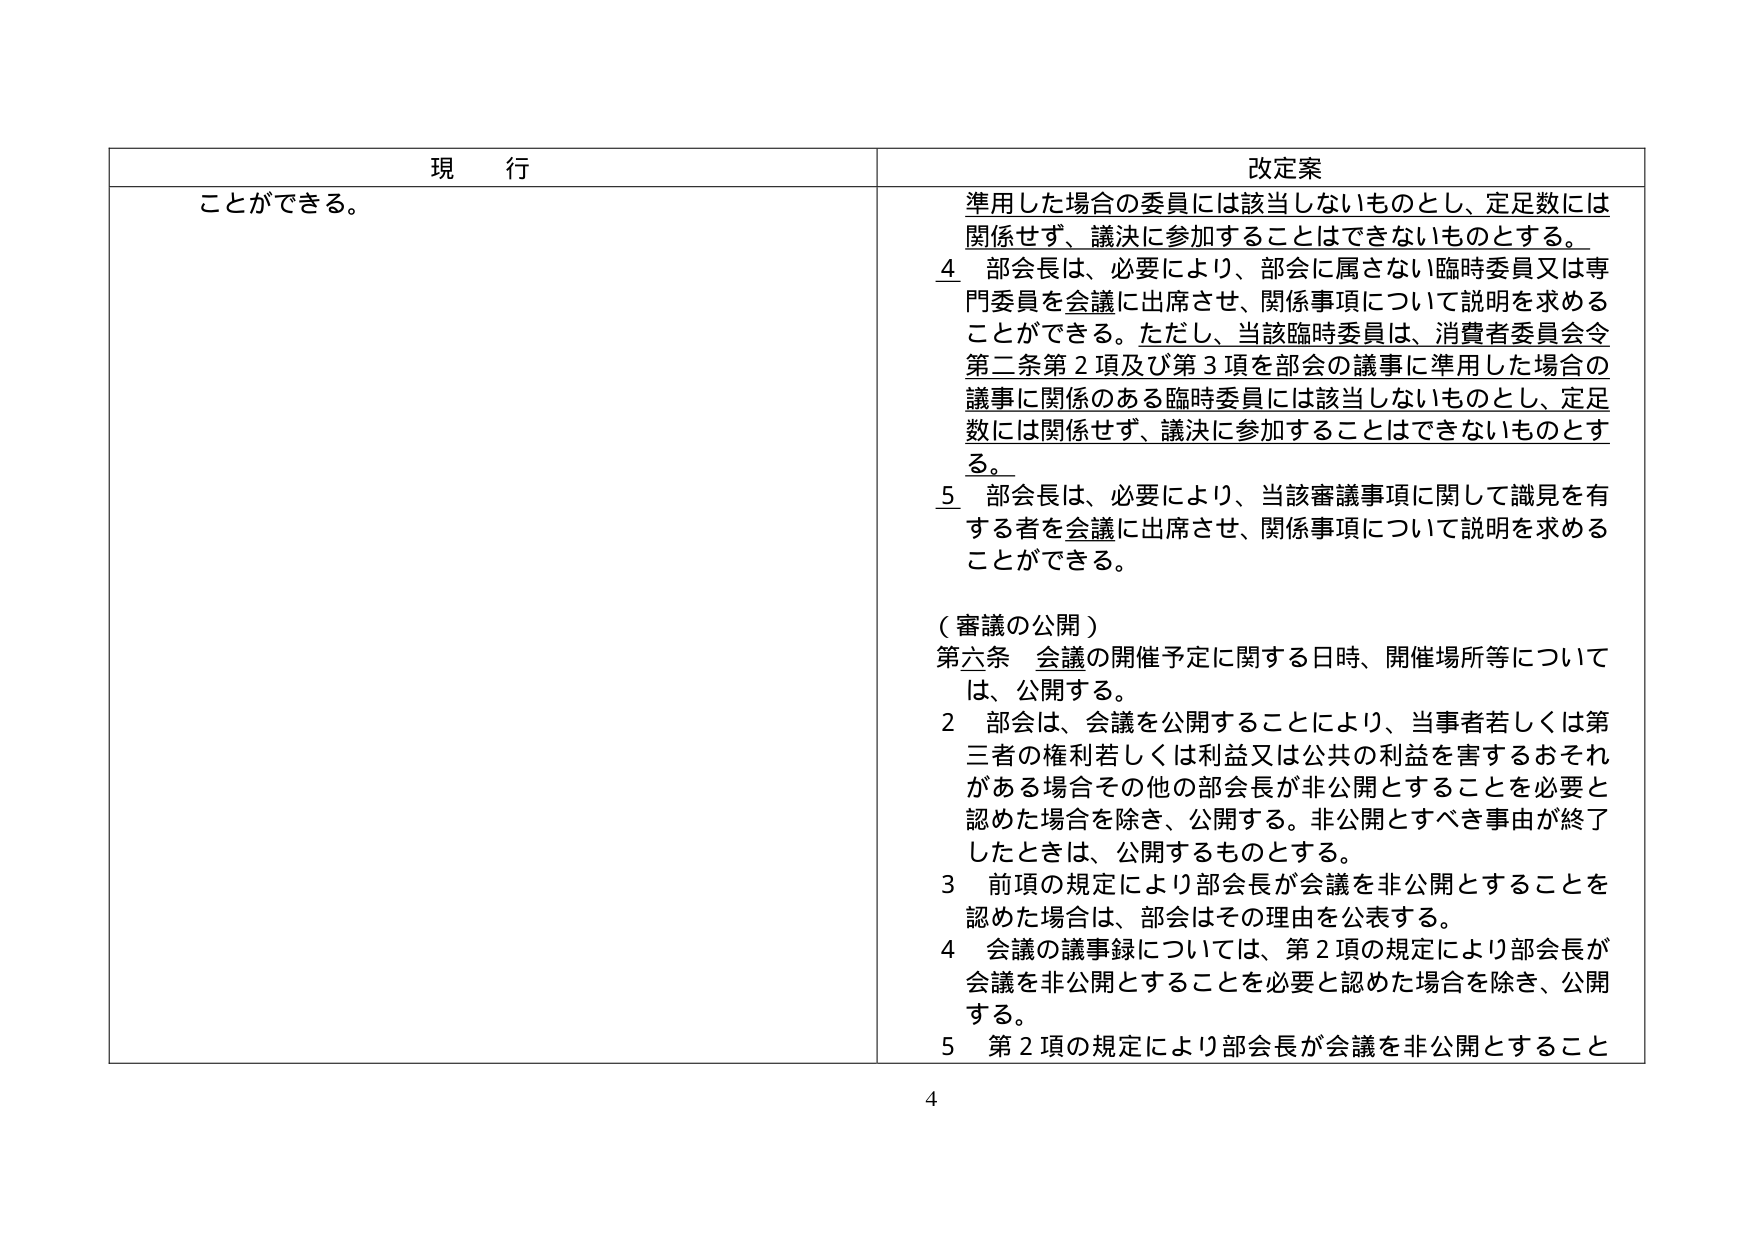
現 行
ことができる。

改定案
準用した場合の委員には該当しないものとし、定足数には関係せず、議決に参加することはできないものとする。
4 部会長は、必要により、部会に属さない臨時委員又は専門委員を会議に出席させ、関係事項について説明を求めることができる。ただし、当該臨時委員は、消費者委員会令第二条第2項及び第3項を部会の議事に準用した場合の議事に関係のある臨時委員には該当しないものとし、定足数には関係せず、議決に参加することはできないものとする。
5 部会長は、必要により、当該審議事項に関して識見を有する者を会議に出席させ、関係事項について説明を求めることができる。
（審議の公開）
第六条 会議の開催予定に関する日時、開催場所等については、公開する。
2 部会は、会議を公開することにより、当事者若しくは第三者の権利若しくは利益又は公共の利益を害するおそれがある場合その他の部会長が非公開とすることを必要と認めた場合を除き、公開する。非公開とすべき事由が終了したときは、公開するものとする。
3 前項の規定により部会長が会議を非公開とすることを認めた場合は、部会はその理由を公表する。
4 会議の議事録については、第2項の規定により部会長が会議を非公開とすることを必要と認めた場合を除き、公開する。
5 第2項の規定により部会長が会議を非公開とすること

4